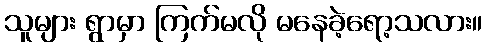
သူများ ရွာမှာ ကြက်မလို မနေခဲ့ရော့သလား။